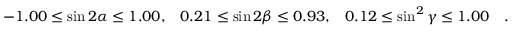
- 1 . 0 0 \leq \sin 2 \alpha \leq 1 . 0 0 , \; \; \; 0 . 2 1 \leq \sin 2 \beta \leq 0 . 9 3 , \; \; \; 0 . 1 2 \leq \sin ^ { 2 } \gamma \leq 1 . 0 0 ~ ~ ~ .